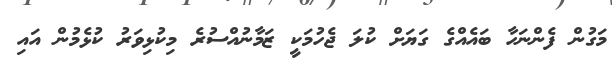
މަގުން ފެންނަހާ ބައެއްގެ ގަޔަށް ކުލަ ޖެހުމަކީ ޒަމާނުއްސުރެ މިކުޅިވަރު ކުޅެމުން އައި